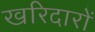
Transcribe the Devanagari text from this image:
खरिदारों